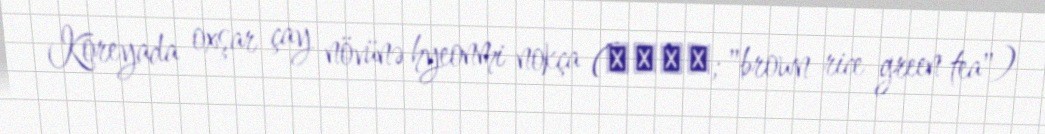
Koreyada oxşar çay növünə hyeonmi nokça (현미녹차; "brown rice green tea")